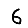
Digit: 6